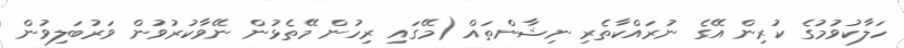
ހަލާކުވުމުގެ ކުރިން އޭގެ ނުރައްކާތެރި ނިޝާންތައް (މޭގައި ރިހުން މޭތެޅުން ނޭވާކުރުވުން ވަރުބަލިވުން